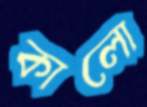
কালো